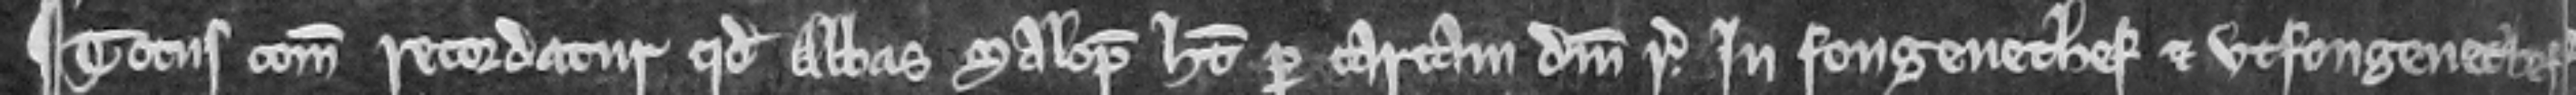
¶ Totus comitatus recordatur quod Abbas Salop habet per cartam domini regis infongenethef et utfongenethef